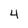
Character: 4